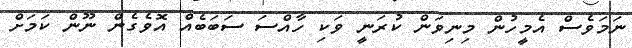
ނަމަވެސް އެމީހުން މިނިވަން ކުރަނީ ވަކި ހާއްސަ ސަބަބެއް އޮވެގެން ނޫން ކަމަށް